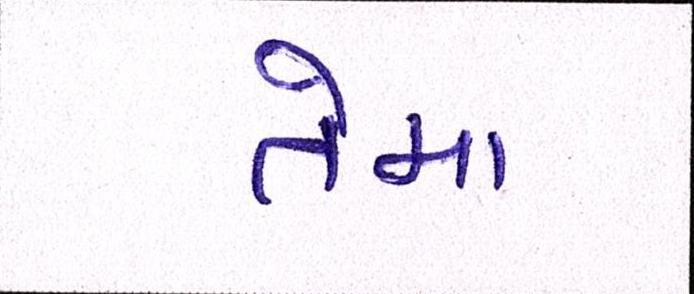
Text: તેમા